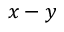
x - y